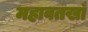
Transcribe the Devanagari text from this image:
महावतखाँ